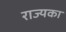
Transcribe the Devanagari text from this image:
राज्यका